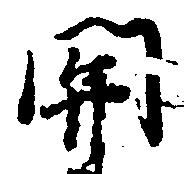
関